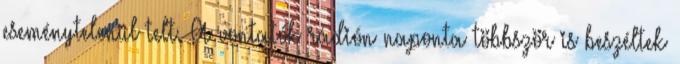
eseménytelenül telt. A vontatók rádión naponta többször is beszéltek